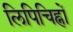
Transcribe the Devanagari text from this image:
लिपिचिह्नों